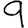
Digit: 9